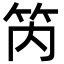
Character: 笍